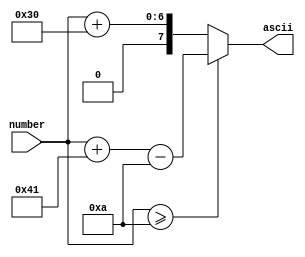
module Hex2ASC #(
    parameter               HEX_NUM = 1
) (
    input                   [HEX_NUM*4 - 1  : 0]            number  ,
    output        reg       [HEX_NUM*8 - 1  : 0]            ascii
);

    integer  i;
    always @(*) begin
        for (i = 0; i < HEX_NUM; i = i + 1) begin
            if (number[i*4 +: 4] >= 4'D10)
                ascii[i*8 +: 8] = number[i*4 +: 4] + "A" - 4'D10;
            else
                ascii[i*8 +: 8] = number[i*4 +: 4] + "0";
        end
    end

endmodule